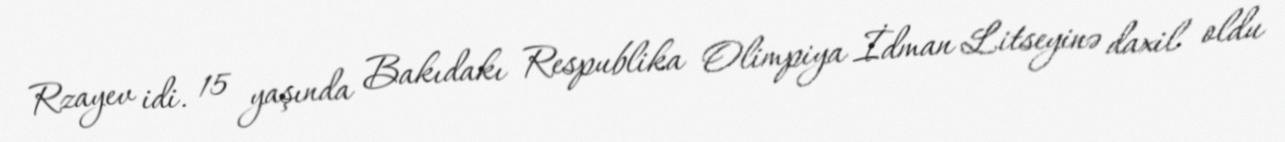
Rzayev idi. 15 yaşında Bakıdakı Respublika Olimpiya İdman Litseyinə daxil oldu